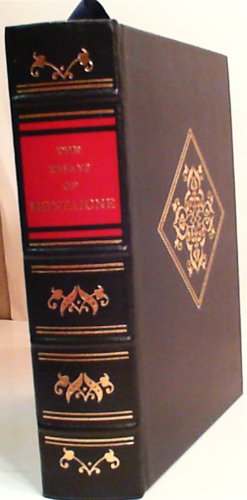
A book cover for The Essays of Michael Seigneur de Montaigne; Michel de Montaigne; Politics & Social Sciences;